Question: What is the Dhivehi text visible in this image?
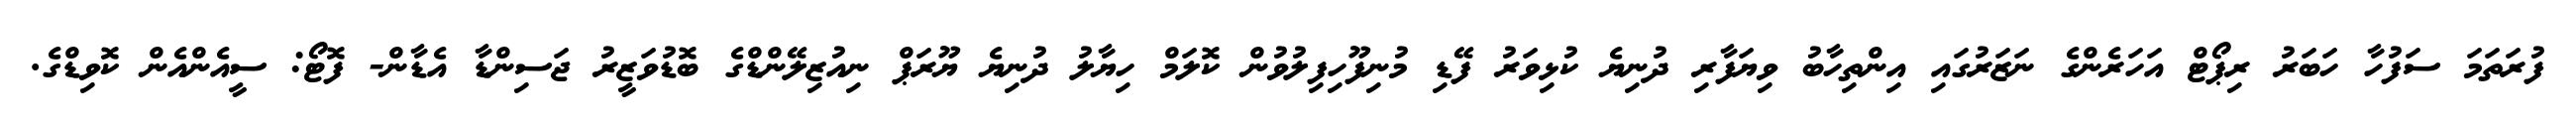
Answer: ފުރަތަމަ ސަފުހާ ހަބަރު ރިޕޯޓް އަހަރެންގެ ނަޒަރުގައި އިންތިހާބު ވިޔަފާރި ދުނިޔެ ކުޅިވަރު ފޭޑި މުނިފޫހިފިލުވުން ކޮލަމް ހިޔާލު ދުނިޔެ ޔޫރަޕް ނިއުޒިލޭންޑްގެ ބޮޑުވަޒީރު ޖަސިންޑާ އެޑާން- ފޮޓޯ: ސީއެންއެން ކޮވިޑްގެ.